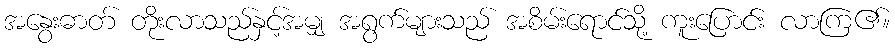
အနွေးဓာတ် တိုးလာသည်နှင့်အမျှ အရွက်များသည် အစိမ်းရောင်သို့ ကူးပြောင်း လာကြ၏။